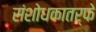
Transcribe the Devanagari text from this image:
संशोधकातर्फे